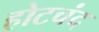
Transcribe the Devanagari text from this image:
होटचंद